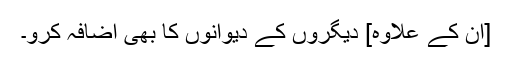
[اِن کے علاوہ] دیگروں کے دیوانوں کا بھی اضافہ کرو۔